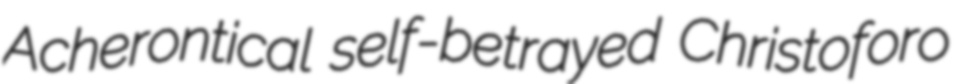
Acherontical self-betrayed Christoforo